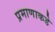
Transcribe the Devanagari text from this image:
प्रमाणाकडे